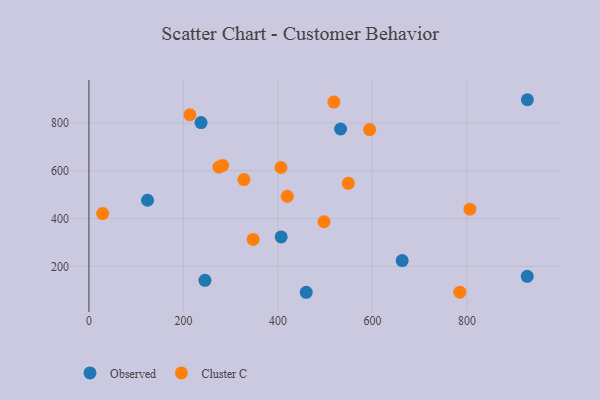
{"axis": {"x": "Ad Spend", "y": "Profit"}, "legend": ["Cluster C", "Observed"], "data": [{"x": "928.0", "y": 897.1, "type": "Observed"}, {"x": "406.9", "y": 323.4, "type": "Observed"}, {"x": "237.3", "y": 801.7, "type": "Observed"}, {"x": "124.0", "y": 476.8, "type": "Observed"}, {"x": "663.0", "y": 224.7, "type": "Observed"}, {"x": "532.6", "y": 774.7, "type": "Observed"}, {"x": "459.9", "y": 92.0, "type": "Observed"}, {"x": "927.7", "y": 158.9, "type": "Observed"}, {"x": "245.6", "y": 141.8, "type": "Observed"}, {"x": "549.0", "y": 547.6, "type": "Cluster C"}, {"x": "213.7", "y": 834.3, "type": "Cluster C"}, {"x": "518.5", "y": 887.3, "type": "Cluster C"}, {"x": "406.4", "y": 613.7, "type": "Cluster C"}, {"x": "594.1", "y": 772.3, "type": "Cluster C"}, {"x": "497.5", "y": 386.8, "type": "Cluster C"}, {"x": "347.6", "y": 313.1, "type": "Cluster C"}, {"x": "785.0", "y": 92.4, "type": "Cluster C"}, {"x": "282.9", "y": 622.2, "type": "Cluster C"}, {"x": "29.0", "y": 421.2, "type": "Cluster C"}, {"x": "328.0", "y": 563.3, "type": "Cluster C"}, {"x": "275.2", "y": 615.7, "type": "Cluster C"}, {"x": "419.8", "y": 493.2, "type": "Cluster C"}, {"x": "806.4", "y": 439.5, "type": "Cluster C"}]}